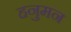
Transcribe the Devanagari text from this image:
हनुमन